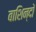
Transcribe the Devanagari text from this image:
बाशिन्दों